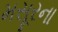
મસૂરના